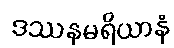
ဒဿနမရိယာနံ